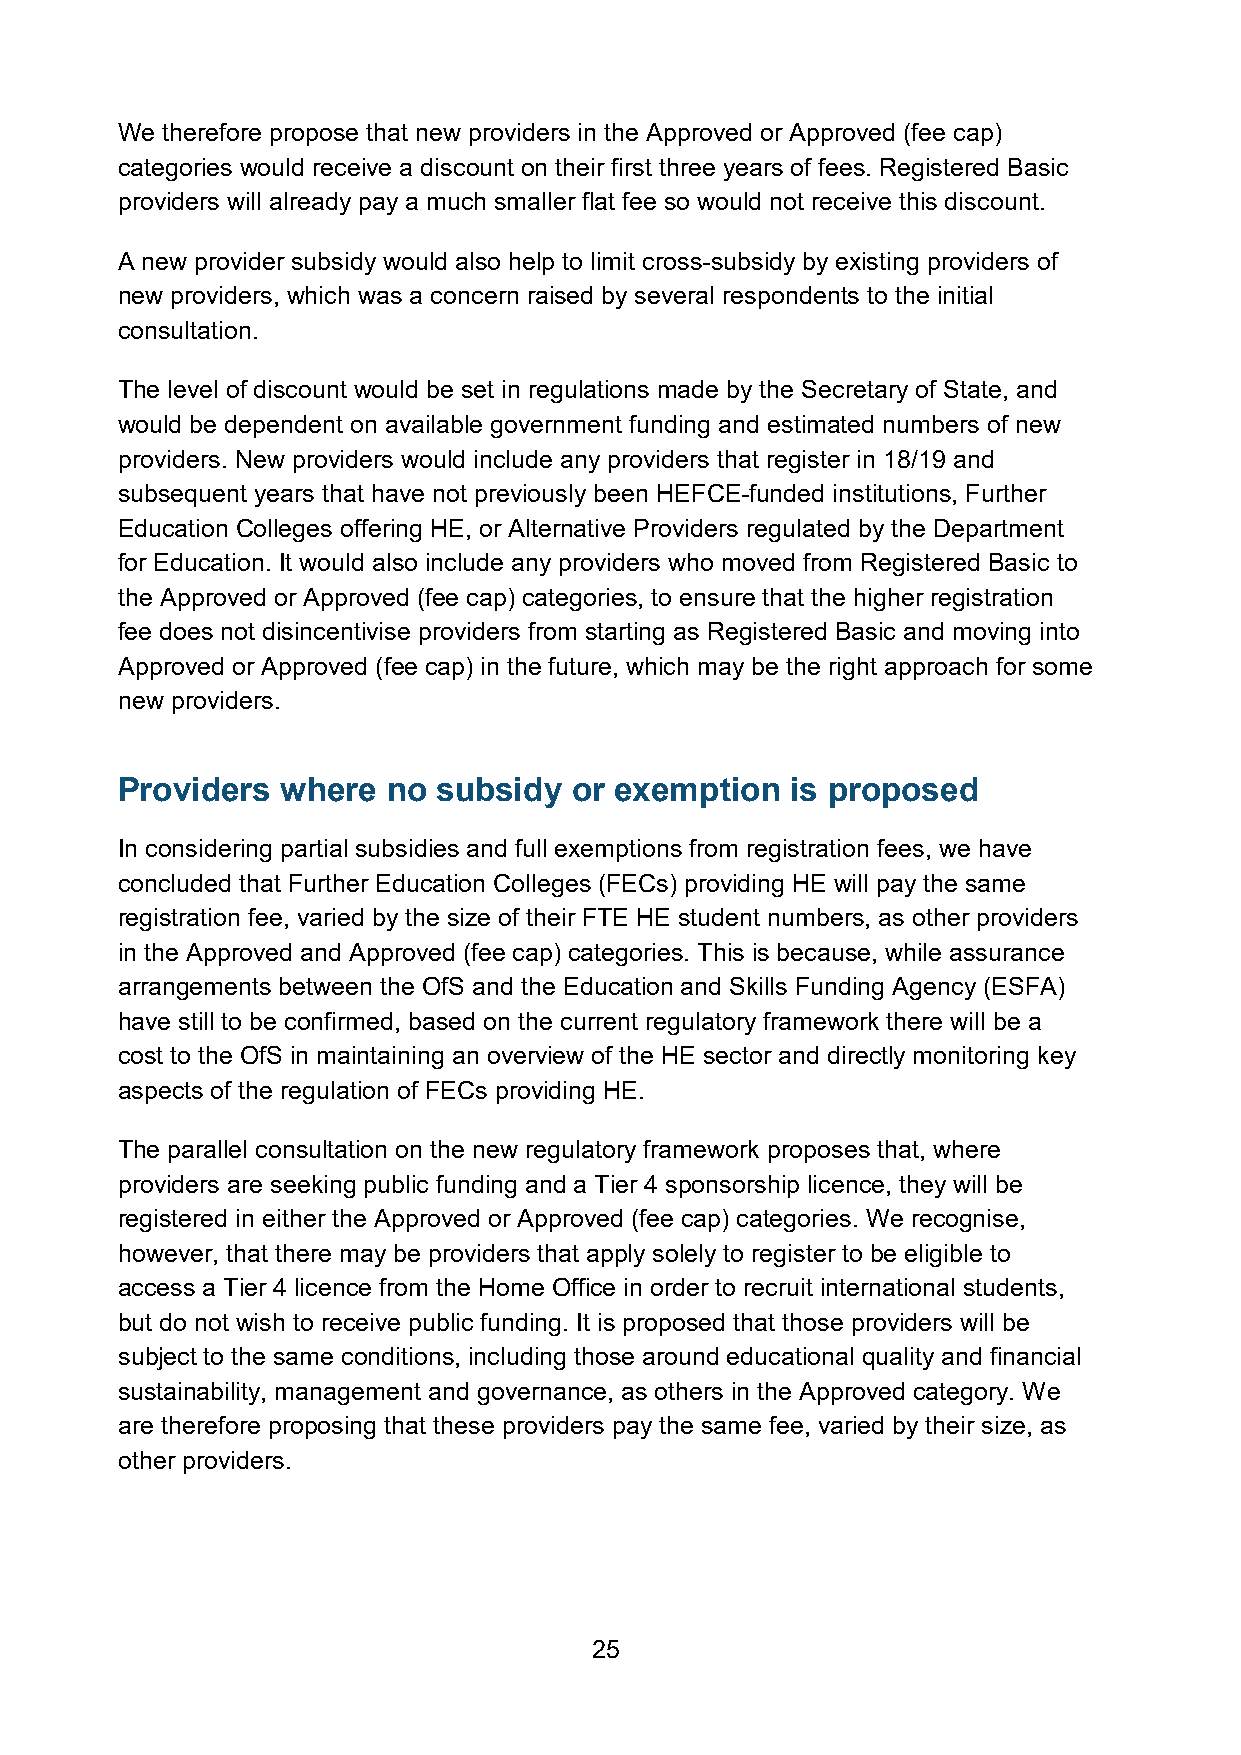
We therefore propose that new providers in the Approved or Approved (fee cap)
 categories would receive a discount on their first three years of fees. Registered Basic
 providers will already pay a much smaller flat fee so would not receive this discount.
 A new provider subsidy would also help to limit cross-subsidy by existing providers of
 new providers, which was a concern raised by several respondents to the initial
 consultation.
 The level of discount would be set in regulations made by the Secretary of State, and
 would be dependent on available government funding and estimated numbers of new
 providers. New providers would include any providers that register in 18/19 and
 subsequent years that have not previously been HEFCE-funded institutions, Further
 Education Colleges offering HE, or Alternative Providers regulated by the Department
 for Education. It would also include any providers who moved from Registered Basic to
 the Approved or Approved (fee cap) categories, to ensure that the higher registration
 fee does not disincentivise providers from starting as Registered Basic and moving into
 Approved or Approved (fee cap) in the future, which may be the right approach for some
 new providers.
 Providers  where  no subsidy  or exemption  is proposed
 In considering partial subsidies and full exemptions from registration fees, we have
 concluded that Further Education Colleges (FECs) providing HE will pay the same
 registration fee, varied by the size of their FTE HE student numbers, as other providers
 in the Approved and Approved (fee cap) categories. This is because, while assurance
 arrangements between the OfS and the Education and Skills Funding Agency (ESFA)
 have still to be confirmed, based on the current regulatory framework there will be a
 cost to the OfS in maintaining an overview of the HE sector and directly monitoring key
 aspects of the regulation of FECs providing HE.
 The parallel consultation on the new regulatory framework proposes that, where
 providers are seeking public funding and a Tier 4 sponsorship licence, they will be
 registered in either the Approved or Approved (fee cap) categories. We recognise,
 however, that there may be providers that apply solely to register to be eligible to
 access a Tier 4 licence from the Home Office in order to recruit international students,
 but do not wish to receive public funding. It is proposed that those providers will be
 subject to the same conditions, including those around educational quality and financial
 sustainability, management and governance, as others in the Approved category. We
 are therefore proposing that these providers pay the same fee, varied by their size, as
 other providers.
 25